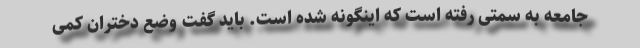
جامعه به سمتی رفته است که اینگونه شده است. باید گفت وضع دختران کمی